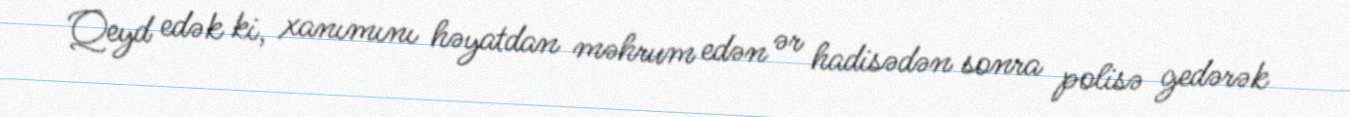
Qeyd edək ki, xanımını həyatdan məhrum edən ər hadisədən sonra polisə gedərək